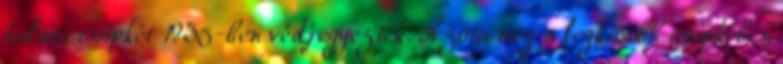
halasi csipkét 1935-ben védjegyezték. Azóta még a legkisebb csipkében